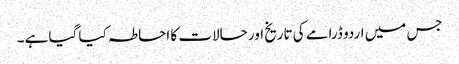
جس میں اردو ڈرامے کی تاریخ اور حالات کا احاطہ کیا گیا ہے ۔